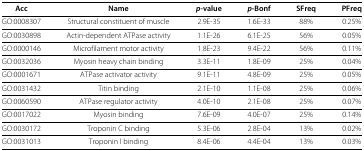
<table><thead><tr><td><b>Acc</b></td><td><b>Name</b></td><td><b><i>p</i>-value</b></td><td><b><i>p</i>-Bonf</b></td><td><b>SFreq</b></td><td><b>PFreq</b></td></tr></thead><tbody><tr><td>GO:0008307</td><td>Structural constituent of muscle</td><td>2.9E-35</td><td>1.6E-33</td><td>88%</td><td>0.25%</td></tr><tr><td>GO:0030898</td><td>Actin-dependent ATPase activity</td><td>1.1E-26</td><td>6.1E-25</td><td>56%</td><td>0.05%</td></tr><tr><td>GO:0000146</td><td>Microfilament motor activity</td><td>1.8E-23</td><td>9.4E-22</td><td>56%</td><td>0.11%</td></tr><tr><td>GO:0032036</td><td>Myosin heavy chain binding</td><td>3.3E-11</td><td>1.8E-09</td><td>25%</td><td>0.04%</td></tr><tr><td>GO:0001671</td><td>ATPase activator activity</td><td>9.1E-11</td><td>4.8E-09</td><td>25%</td><td>0.05%</td></tr><tr><td>GO:0031432</td><td>Titin binding</td><td>2.1E-10</td><td>1.1E-08</td><td>25%</td><td>0.06%</td></tr><tr><td>GO:0060590</td><td>ATPase regulator activity</td><td>4.0E-10</td><td>2.1E-08</td><td>25%</td><td>0.07%</td></tr><tr><td>GO:0017022</td><td>Myosin binding</td><td>7.6E-09</td><td>4.0E-07</td><td>25%</td><td>0.14%</td></tr><tr><td>GO:0030172</td><td>Troponin C binding</td><td>5.3E-06</td><td>2.8E-04</td><td>13%</td><td>0.02%</td></tr><tr><td>GO:0031013</td><td>Troponin I binding</td><td>8.4E-06</td><td>4.4E-04</td><td>13%</td><td>0.03%</td></tr></tbody></table>